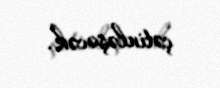
çətinləşəcək.